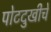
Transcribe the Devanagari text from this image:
पोटदुखीचे